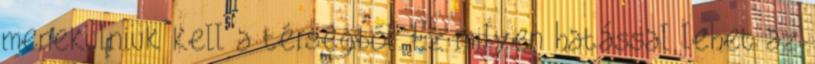
menekülniük kell a térségből. Ez milyen hatással lehet az